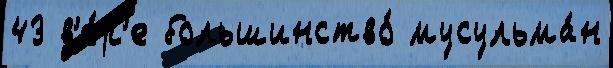
43 в'е́р'е большинство́ мусульма́н